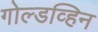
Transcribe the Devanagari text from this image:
गोल्डव्हिन